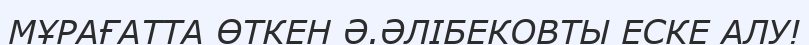
МҰРАҒАТТА ӨТКЕН Ә.ӘЛІБЕКОВТЫ ЕСКЕ АЛУ!